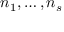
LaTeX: n _ { 1 } , \dots , n _ { s }